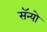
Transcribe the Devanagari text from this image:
सॅन्यो